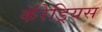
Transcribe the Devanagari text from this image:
कॅरेड्रियस